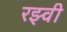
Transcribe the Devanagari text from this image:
रझ्वी